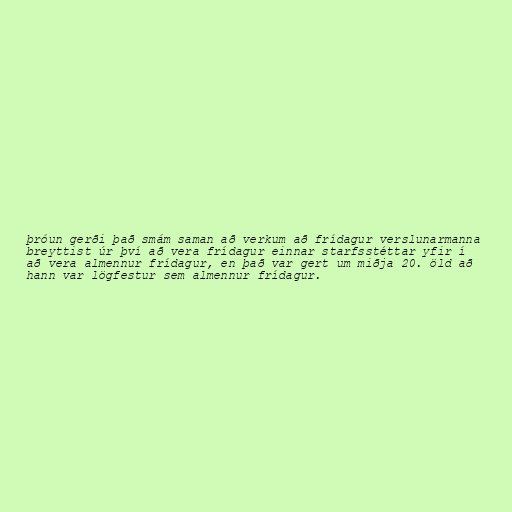
þróun gerði það smám saman að verkum að frídagur verslunarmanna
breyttist úr því að vera frídagur einnar starfsstéttar yfir í
að vera almennur frídagur, en það var gert um miðja 20. öld að
hann var lögfestur sem almennur frídagur.